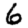
Digit: 6